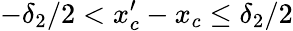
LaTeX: -\delta_{2}/2<x_{c}^{\prime}-x_{c}\leq\delta_{2}/2